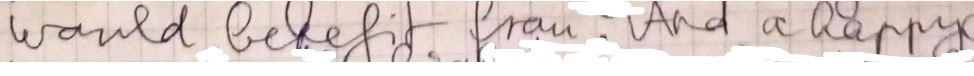
would belief from : And a happy